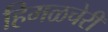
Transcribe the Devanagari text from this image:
हिमळचेरी